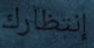
إنتظارك